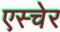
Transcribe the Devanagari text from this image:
एस्चेर